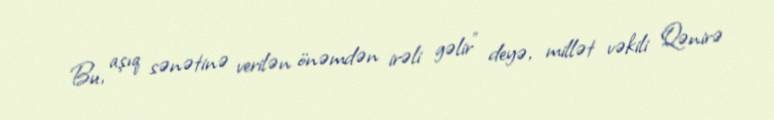
Bu, aşıq sənətinə verilən önəmdən irəli gəlir" deyə, millət vəkili Qənirə